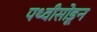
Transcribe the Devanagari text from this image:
पथ्वीसोडून